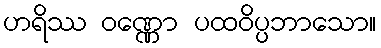
ဟရိဿ ဝဏ္ဏော ပထဝိပ္ပဘာသော။